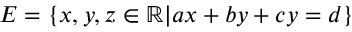
E = \{ x , y , z \in \mathbb { R } | a x + b y + c y = d \}